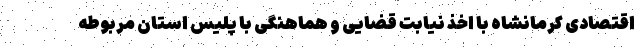
اقتصادی کرمانشاه با اخذ نیابت قضایی و هماهنگی با پلیس استان مربوطه